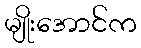
မျိုးအောင်က